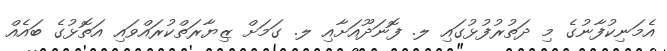
އެމަނިކުފާނުގެ މި ދަތުރުފުޅުގައި ލ. ފޮނަދޫއަށާއި ލ. ގަމަށް ޒިޔާރަތްކުރައްވައި އަތޮޅުގެ ބައެއް